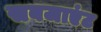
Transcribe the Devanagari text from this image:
सबजाएंट